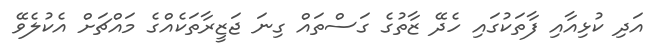
އަދި ކުޅިއާއި ފާތަކުގައި ހެދޭ ޒާތުގެ ގަސްތައް ގިނަ ޖަޒީރާތަކެއްގެ މައްޗަށް އެކުލެވޭ